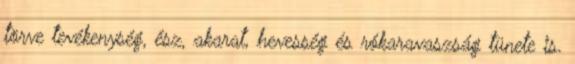
törve tevékenység, ész, akarat, hevesség és rókaravaszság tünete is.